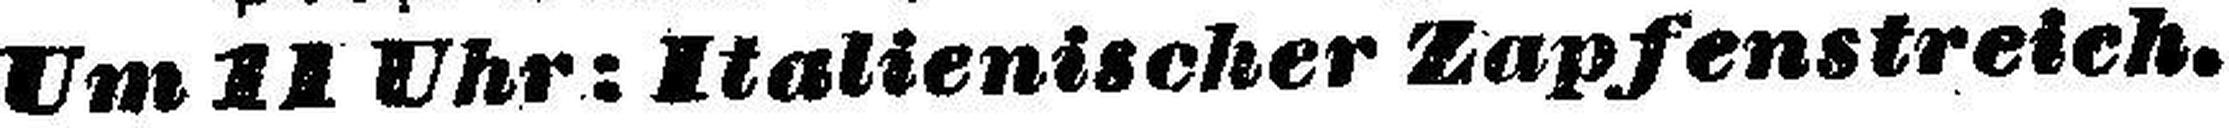
Um 11 Uhr: Italienischer Zapfenstreich.